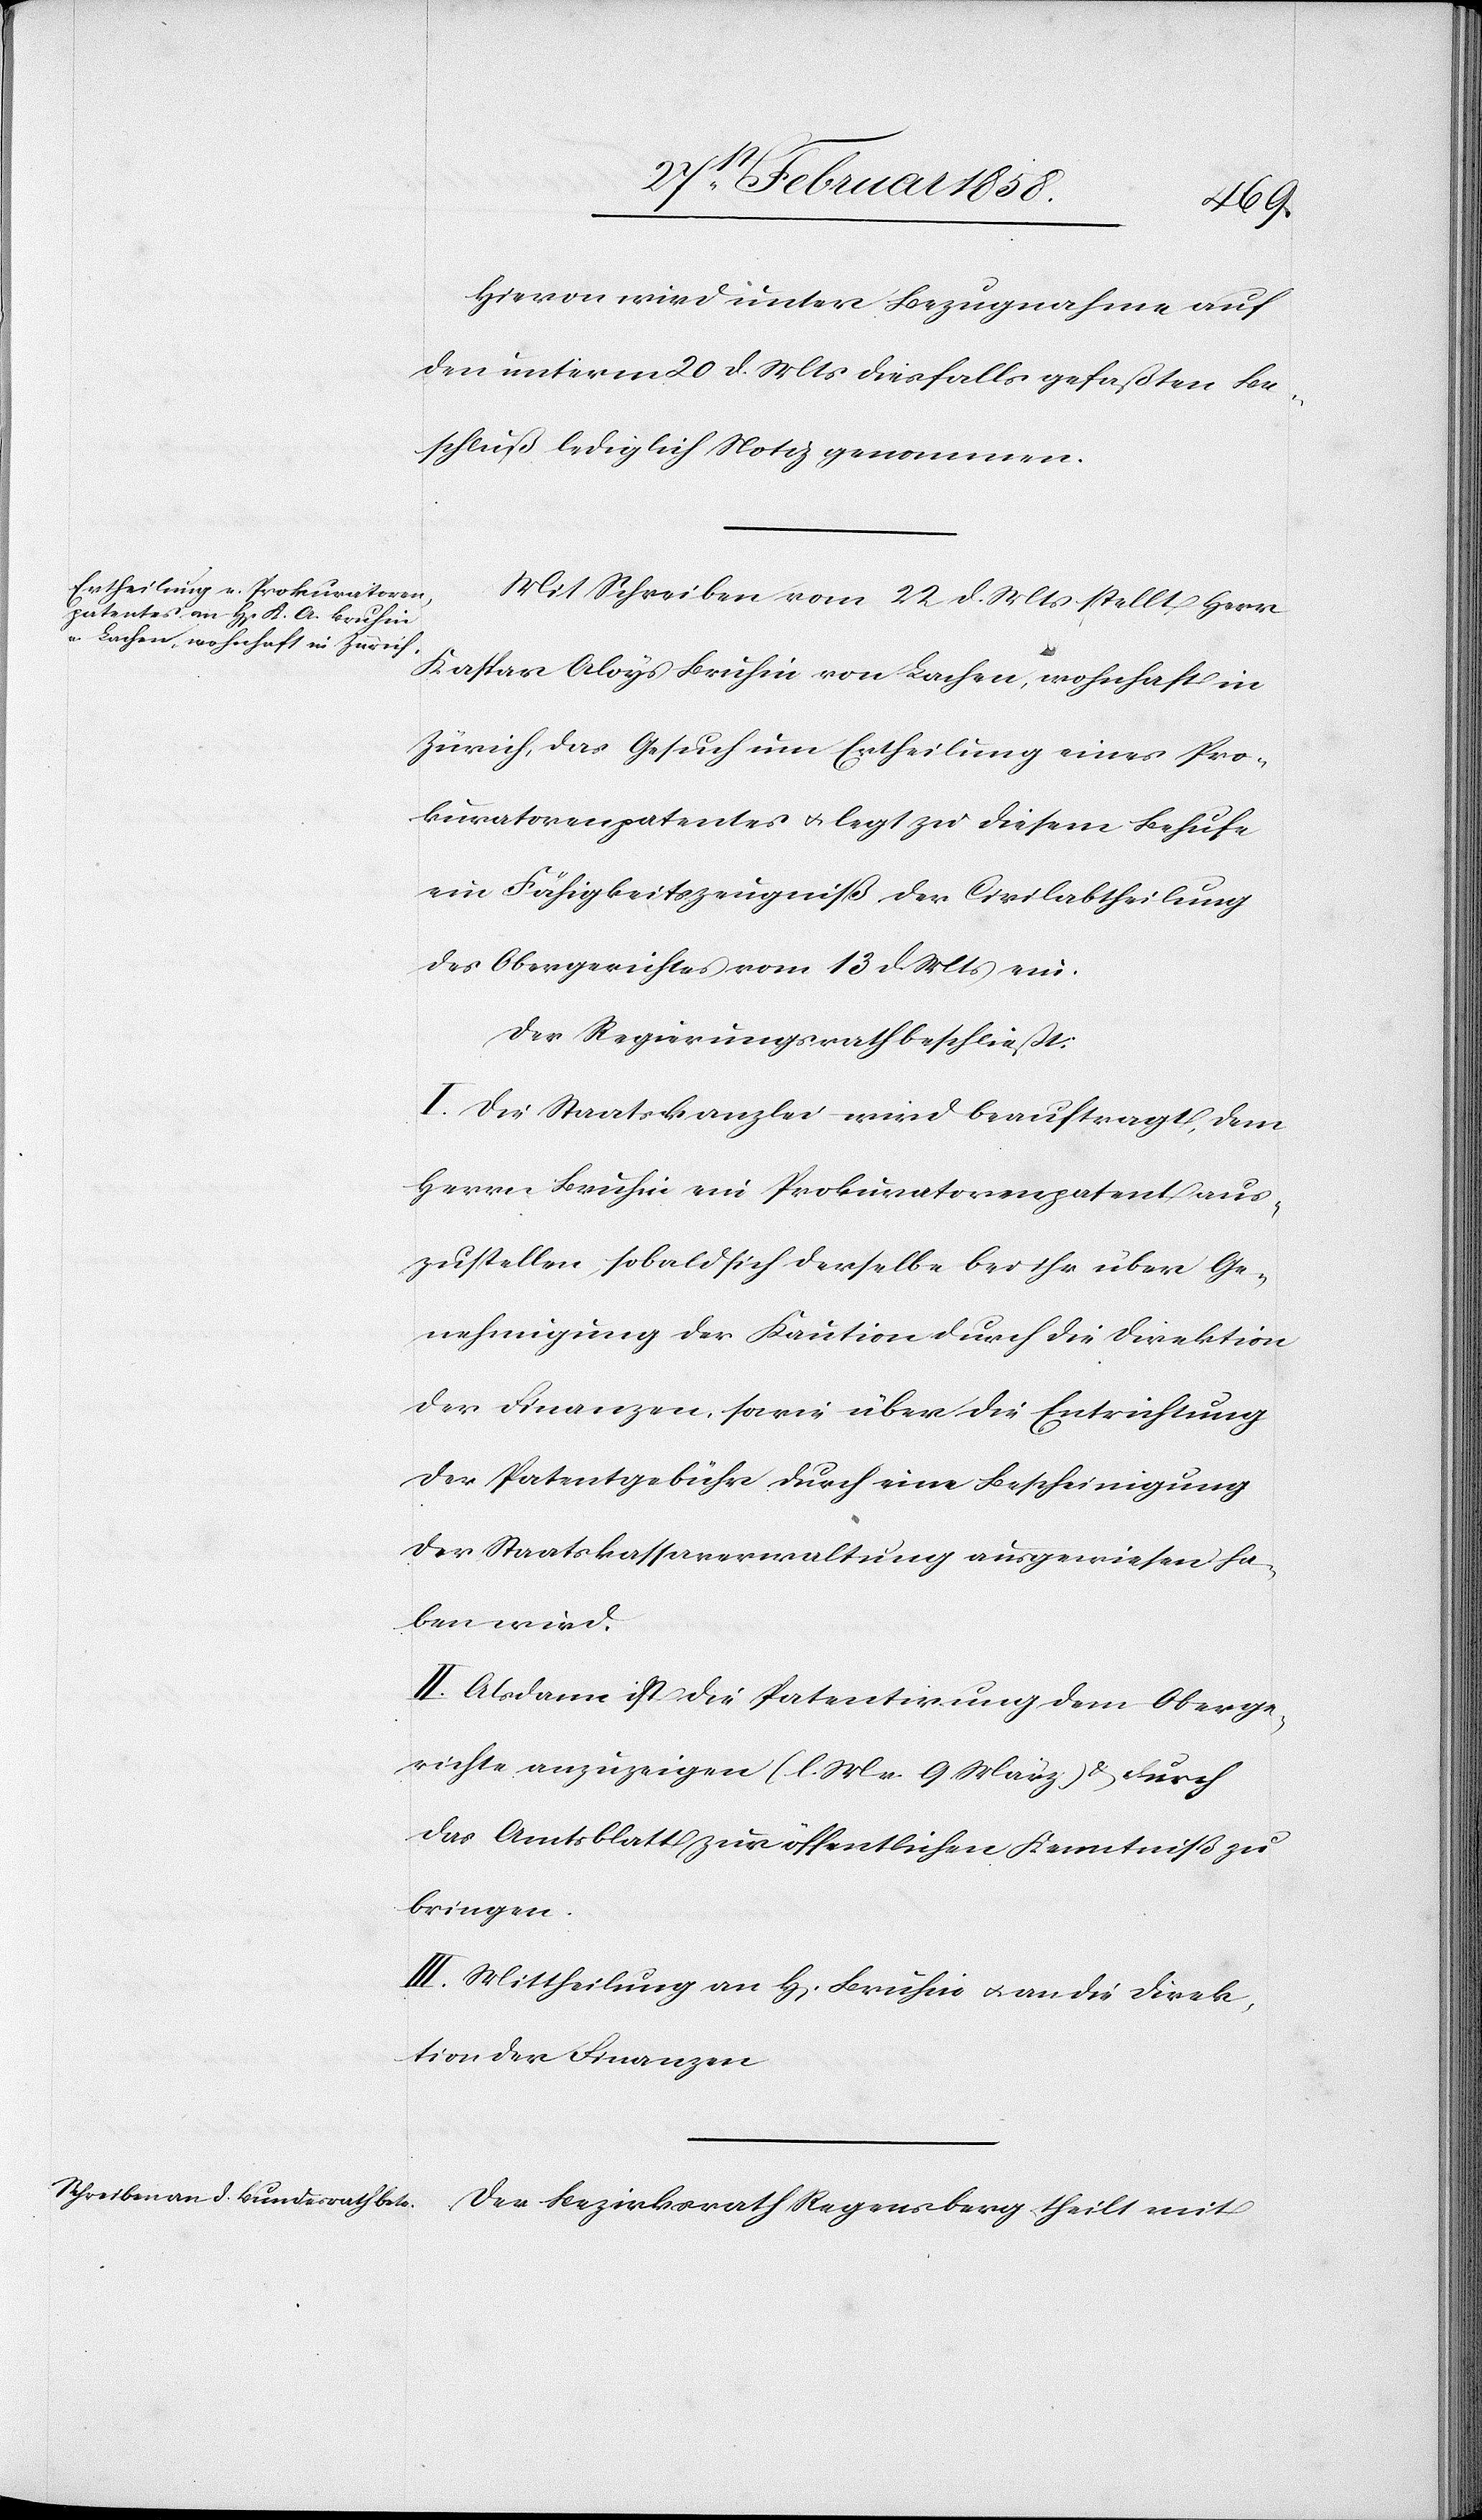
Hievon wird unter Bezugnahme auf
den unterm 20 d. Mts diesfalls gefaßten Be¬
schluß lediglich Notiz genommen.
Mit Schreiben vom 22 d. Mts stellt Herr
Kaspar Aloys Bruhin von Lachen, wohnhaft in
Zürich, das Gesuch um Ertheilung eines Pro¬
kuratorenpatentes u. legt zu diesem Behufe
ein Fähigkeitszeugniß der Civilabtheilung
des Obergerichtes vom 13 d. Mts ein.
Der Regierungsrath beschließt:
I. Die Staatskanzlei wird beauftragt, dem
Herrn Bruhin ein Prokuratorenpatent aus¬
zustellen, sobald sich derselbe bei ihr über Ge¬
nehmigung der Kaution durch die Direktion
der Finanzen, sowie über die Entrichtung
der Patentgebühr durch eine Bescheinigung
der Staatskassaverwaltung ausgewiesen ha¬
ben wird.
II. Alsdann ist die Patentirung dem Oberge¬
richte anzuzeigen (l. M. v. 9 März) u. durch
das Amtsblatt zur öffentlichen Kenntniß zu
bringen.
III. Mittheilung an H[errn] Bruhin u. an die Direk¬
tion der Finanzen.
Der Bezirksrath Regensberg theilt mit